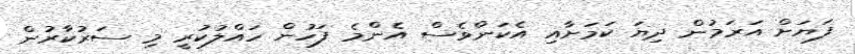
ފަޔަށް އަރަމުން ދިޔަ ކަމަށާއި އެކަންވެސް އެންމެ ފަހުން ހައްލުކުރީ މި ސަރުކާރުން